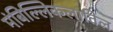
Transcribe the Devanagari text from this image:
मंबिल्लिकलातिल